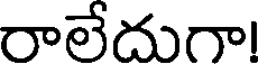
రాలేదుగా!